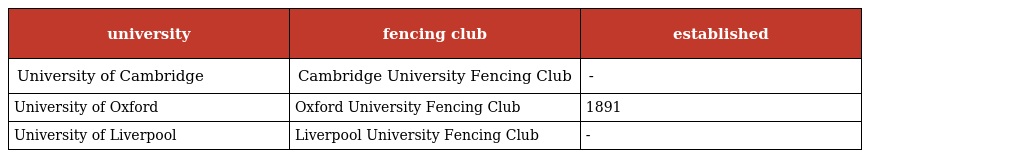
| university | fencing club | established |
 | --- | --- | --- |
 | University of Cambridge | Cambridge University Fencing Club | - |
 | University of Oxford | Oxford University Fencing Club | 1891 |
 | University of Liverpool | Liverpool University Fencing Club | - |